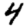
Digit: 4